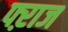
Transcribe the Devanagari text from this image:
फ्ऱाज